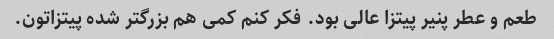
طعم و عطر پنیر پیتزا عالی بود. فکر کنم کمی هم بزرگتر شده پیتزاتون.